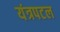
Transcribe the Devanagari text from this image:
यंत्रपटल